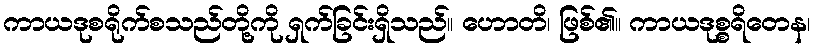
ကာယဒုစရိုက်စသည်တို့ကို ရှက်ခြင်းရှိသည်။ ဟောတိ၊ ဖြစ်၏။ ကာယဒုစ္စရိတေန၊